Annual administration report of the Civil Veterinary Department of India - 1901-1902
Year: 1901
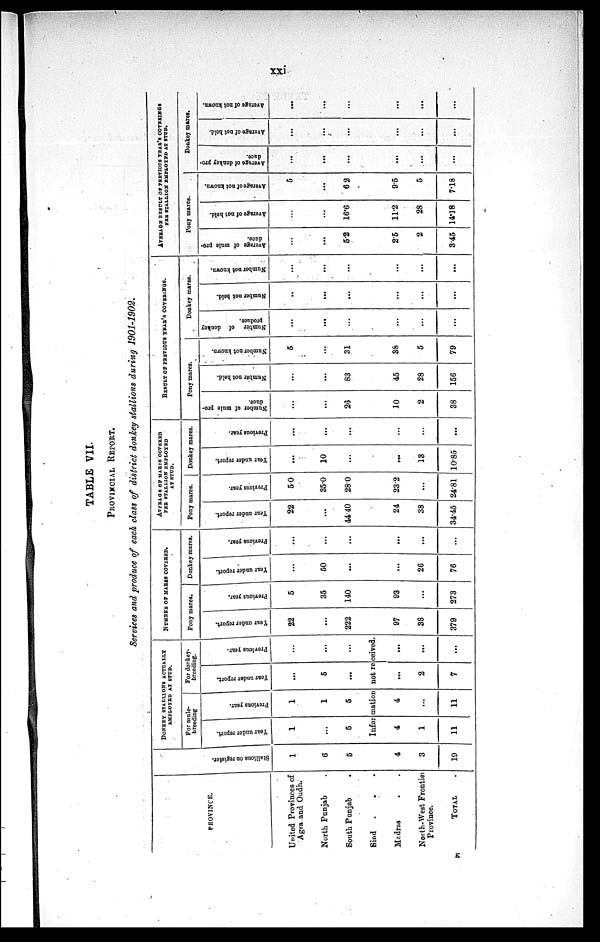
xxi
TABLE VII.
PROVINCIAL REPORT.
Services and produce of each class of district donkey stallions during 1901-1902.
PROVINCE.
United Provinces of
Agra and Oudh.
North Punjab .
South Punjab
.
Sind
.
.
.
Madras . .
North-West Frontier
Province.
TOTAL .
Stallions on register.
1
6
5
4
3
19
DONKEY STALLIONS ACTUALLY
EMPLOYED AT STUD.
For mule-
breeding
Year under report.
1
...
5
Previous year.
1
1
5
For donkey-
breeding.
Year under report.
...
5
...
Previous year.
...
...
...
Information not received.
4
1
11
4
...
11
...
2
7
...
...
...
NUMBER OF MARES COVERED.
Pony mares.
Year under report.
22
...
222
97
38
379
Previous year.
5
35
140
93
...
273
Donkey mares.
Year under report.
...
50
...
...
26
76
Previous year.
...
...
...
...
...
...
AVERAGE OF MARES COVERED
PER STALLION EMPLOYED
AT STUD.
Pony mares.
Year under report.
22
...
44.40
24
38
34.45
Previous year.
50
35.0
28.0
23.2
...
24.81
Donkey mares.
Year under report.
...
10
...
...
13
10.85
Previous year.
...
...
...
...
...
...
RESULT OF PREVIOUS YEAR'S COVERINGS.
Pony mares.
Number of mule pro-
duce.
...
...
26
10
2
38
Number not held.
...
...
83
45
28
156
Number not known.
5
...
31
38
5
79
Donkey marcs.
Number of donkey
produce.
...
...
...
...
...
...
Number not hold.
...
...
...
...
...
...
Number not known.
...
...
...
...
...
...
AVERAGE RESULT OF PREVIOUS YEAR'S COVERINGS
PER STALLION EMPLOYED AT STUD.
Pony mares.
Average
of mule pro-
duce.
...
...
5.2
25
2
345
Average of not held.
...
...
16.6
11.2
28
14.18
Average of not known.
5
...
62
9.5
5
7.18
Donkey mares.
Average of donkey pro-
duce.
...
...
...
...
...
...
Average of not held.
...
...
...
...
...
...
Average of not known.
...
...
...
...
...
...
K